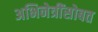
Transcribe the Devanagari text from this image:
अभिनेत्रींसोबत